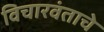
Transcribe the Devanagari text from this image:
विचारवंताचे